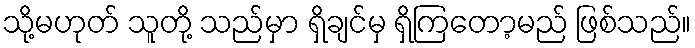
သို့မဟုတ် သူတို့ သည်မှာ ရှိချင်မှ ရှိကြတော့မည် ဖြစ်သည်။